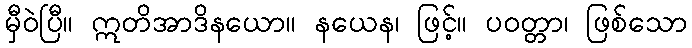
မှီဝဲပြီ။ ဣတိအာဒိနယော။ နယေန၊ ဖြင့်။ ပဝတ္တာ၊ ဖြစ်သော